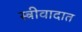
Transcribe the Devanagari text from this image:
स्त्रीवादात